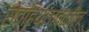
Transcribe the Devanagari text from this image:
सेव्हियाजवळील